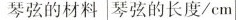
琴弦的材料 琴弦的长度/cm